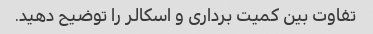
تفاوت بین کمیت برداری و اسکالر را توضیح دهید.